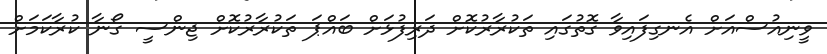
ވީނިއުސްއަށް އެނގިފައިވާ ގޮތުގައި ތަކުރާރުކޮށް ދަރިފުޅަށް ބައްޕަ ތަކުރާރުކޮށް ޖިންސީ ގޯނާ ކުރާކަމަށް